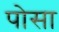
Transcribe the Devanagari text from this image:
पोसा